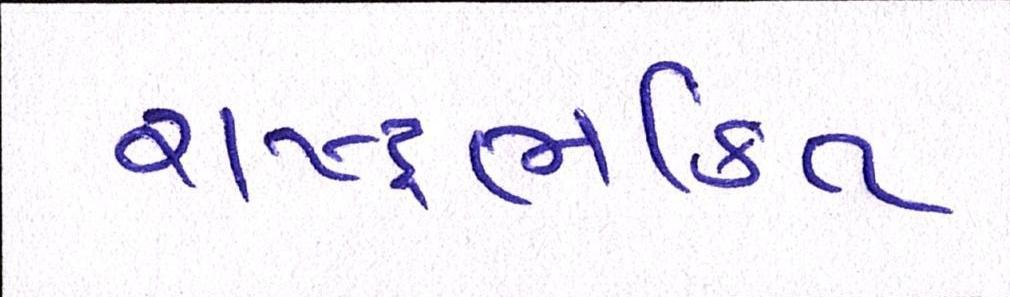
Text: રાષ્ટ્રભક્તિ